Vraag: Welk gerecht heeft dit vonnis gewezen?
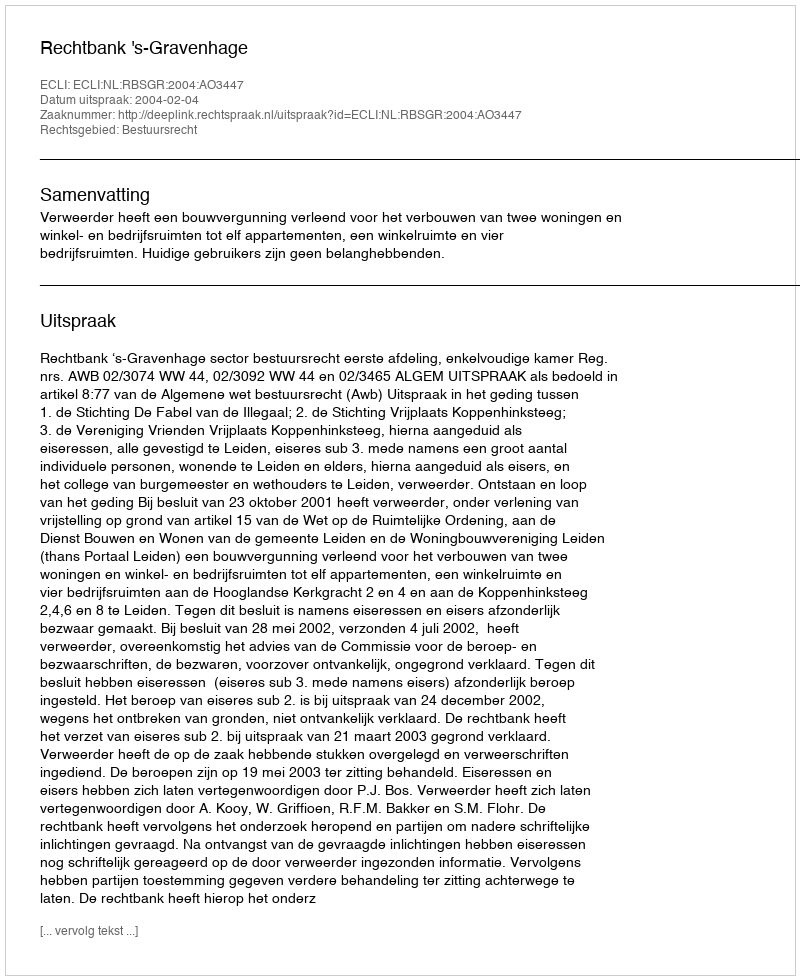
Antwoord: Rechtbank 's-Gravenhage